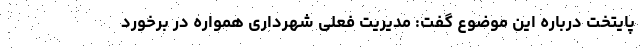
پایتخت درباره این موضوع گفت: مدیریت فعلی شهرداری همواره در برخورد